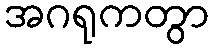
အဂရုကတွာ